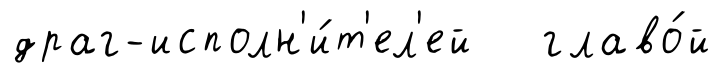
драг-исполн'и́т'ел'ей главо́й